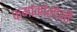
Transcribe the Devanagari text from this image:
फर्माकोलोजी